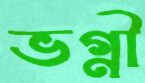
ভগ্নী